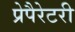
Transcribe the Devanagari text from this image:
प्रेपैरेटरी